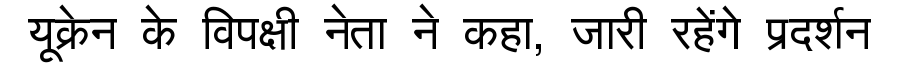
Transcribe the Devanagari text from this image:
यूक्रेन के विपक्षी नेता ने कहा, जारी रहेंगे प्रदर्शन